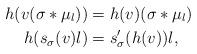
LaTeX: \begin{align*}h(v(\sigma* \mu_l)) &= h(v)(\sigma* \mu_l)\\h(s_\sigma(v)l) &= s'_\sigma(h(v))l,\end{align*}